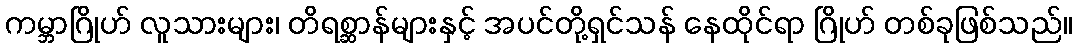
ကမ္ဘာဂြိုဟ် လူသားများ၊ တိရစ္ဆာန်များနှင့် အပင်တို့ရှင်သန် နေထိုင်ရာ ဂြိုဟ် တစ်ခုဖြစ်သည်။